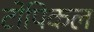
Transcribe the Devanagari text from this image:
टोपिकल